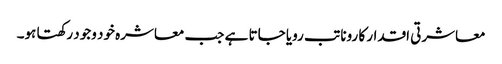
معاشرتی اقدار کا رونا تب رویا جاتا ہے جب معاشرہ خود وجود رکھتا ہو۔